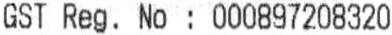
GST REG. NO : 000897208320